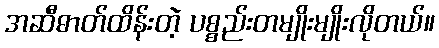
အဆီဓာတ်ထိန်းတဲ့ ပစ္စည်းတမျိုးမျိုးလိုတယ်။